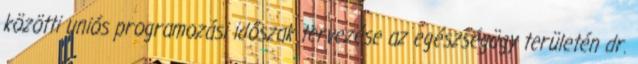
közötti uniós programozási időszak tervezése az egészségügy területén dr.